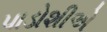
પાડોશીએ